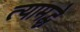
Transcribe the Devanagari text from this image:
त्यामद्धे